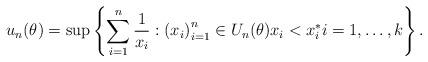
LaTeX: \begin{align*}u_n(\theta) = \sup \left\{ \sum_{i=1}^n \frac{1}{x_i} : \left( x_i \right)_{i=1}^n \in U_n(\theta) x_i < x_i^* i=1,\ldots, k \right\}. \end{align*}